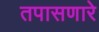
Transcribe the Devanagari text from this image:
तपासणारे